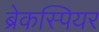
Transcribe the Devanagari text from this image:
ब्रेकस्पियर